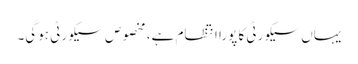
یہاں سیکورٹی کا پورا انتظام ہے، مخصوص سیکورٹی ہوگی۔